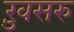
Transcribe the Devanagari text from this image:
ख़ुसरु